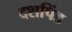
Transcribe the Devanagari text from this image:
दशपिंड